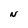
Character: N